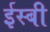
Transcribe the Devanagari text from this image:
ईस्बी